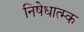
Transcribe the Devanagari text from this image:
निषेधात्म्क